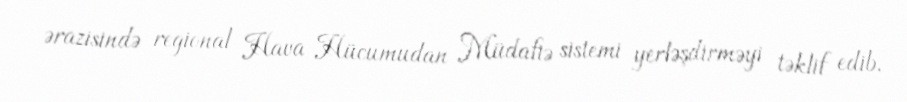
ərazisində regional Hava Hücumudan Müdafiə sistemi yerləşdirməyi təklif edib.